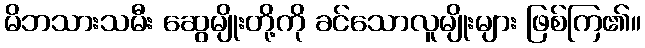
မိဘသားသမီး ဆွေမျိုးတို့ကို ခင်သောလူမျိုးများ ဖြစ်ကြ၏။